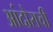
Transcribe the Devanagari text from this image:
आंदोराची